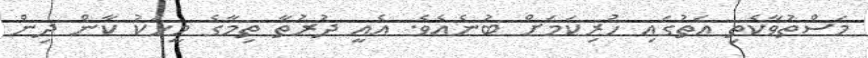
މަސްތުވާކެތި އަތުގައި ހުރިކަމަށް ބުނެއެވެ. އެއީ ދުރުތާ ތިމާގެ މީހަކު ކާން ދިން